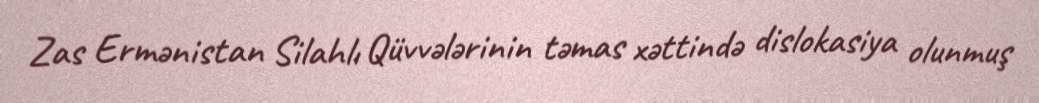
Zas Ermənistan Silahlı Qüvvələrinin təmas xəttində dislokasiya olunmuş